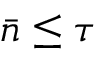
\bar { n } \leq \tau